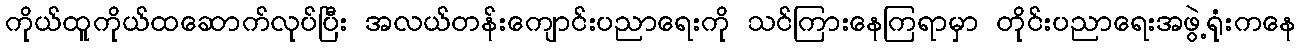
ကိုယ်ထူကိုယ်ထဆောက်လုပ်ပြီး အလယ်တန်းကျောင်းပညာရေးကို သင်ကြားနေကြရာမှာ တိုင်းပညာရေးအဖွဲ့ရုံးကနေ